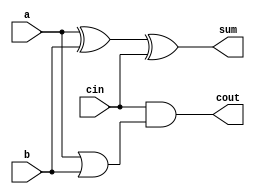
module full_adder2(a,b,cin,sum,cout);
input a,b,cin;
output sum,cout;
assign sum = a^b^cin;
assign cout = 1'b0&b|cin&(a|b); 
// initial begin
//     $display("The incorrect adder with and0 having in1/0");
// end   
endmodule